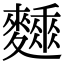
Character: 𪍰